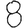
Digit: 8